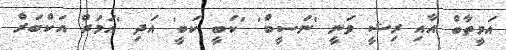
އަމީތާބް އާއި ރިޝީ ވަނީ 'ނަސީބް' 'ކަބީ ކަބީ' އަދި 'އަމަރް އަކްބަރް